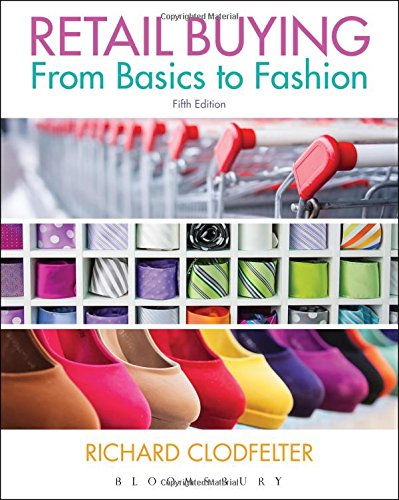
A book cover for Retail Buying: From Basics to Fashion; Richard Clodfelter; Business & Money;